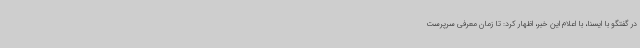
در گفتگو با ایسنا، با اعلام این خبر، اظهار کرد: تا زمان معرفی سرپرست